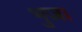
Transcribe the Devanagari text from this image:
भुज।